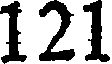
121